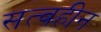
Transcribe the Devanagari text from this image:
सत्वहीन